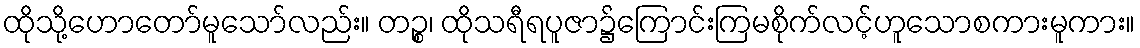
ထိုသို့ဟောတော်မူသော်လည်း။ တဉ္စ၊ ထိုသရီရပူဇာ၌ကြောင်းကြမစိုက်လင့်ဟူသောစကားမူကား။